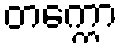
တက္ကော